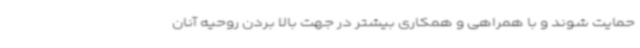
حمایت شوند و با همراهی و همکاری بیشتر در جهت بالا بردن روحیه آنان